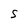
Character: S